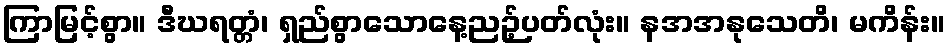
ကြာမြင့်စွာ။ ဒီဃရတ္တံ၊ ရှည်စွာသောနေ့ညဉ့်ပတ်လုံး။ နအအနုသေတိ၊ မကိန်း။